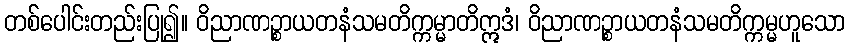
တစ်ပေါင်းတည်းပြု၍။ ဝိညာဏဉ္စာယတနံသမတိက္ကမ္မာတိဣဒံ၊ ဝိညာဏဉ္စာယတနံသမတိက္ကမ္မဟူသော